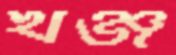
খঞ্জ